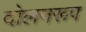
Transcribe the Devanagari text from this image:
दोलनरूप